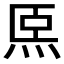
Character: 𤇴